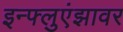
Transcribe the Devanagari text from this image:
इन्फ्लुएंझावर